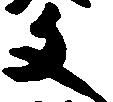
文